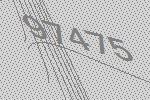
97475